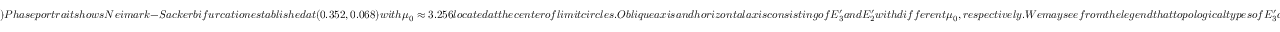
) P h a s e p o r t r a i t s h o w s N e i m a r k - S a c k e r b i f u r c a t i o n e s t a b l i s h e d a t ( 0 . 3 5 2 , 0 . 0 6 8 ) w i t h \mu _ { 0 } \approx 3 . 2 5 6 l o c a t e d a t t h e c e n t e r o f l i m i t c i r c l e s . O b l i q u e a x i s a n d h o r i z o n t a l a x i s c o n s i s t i n g o f E _ { 3 } ^ { \prime } a n d E _ { 2 } ^ { \prime } w i t h d i f f e r e n t \mu _ { 0 } , r e s p e c t i v e l y . W e m a y s e e f r o m t h e l e g e n d t h a t t o p o l o g i c a l t y p e s o f E _ { 3 } ^ { \prime } a r e m o s t l y s i n k a n d s o u r c e , w h i l e t h o s e o f E _ { 2 } ^ { \prime } a r e m o s t l y s o u r c e a n d s a d d l e . P h a s e p o r t r a i t a n d p h a s e s p a c e d i a g r a m f o r t h e p r e y h a v e s a m e x i n (